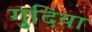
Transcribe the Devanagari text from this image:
गुदिया